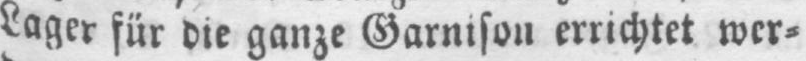
Lager für die ganze Garnison errichtet wer-